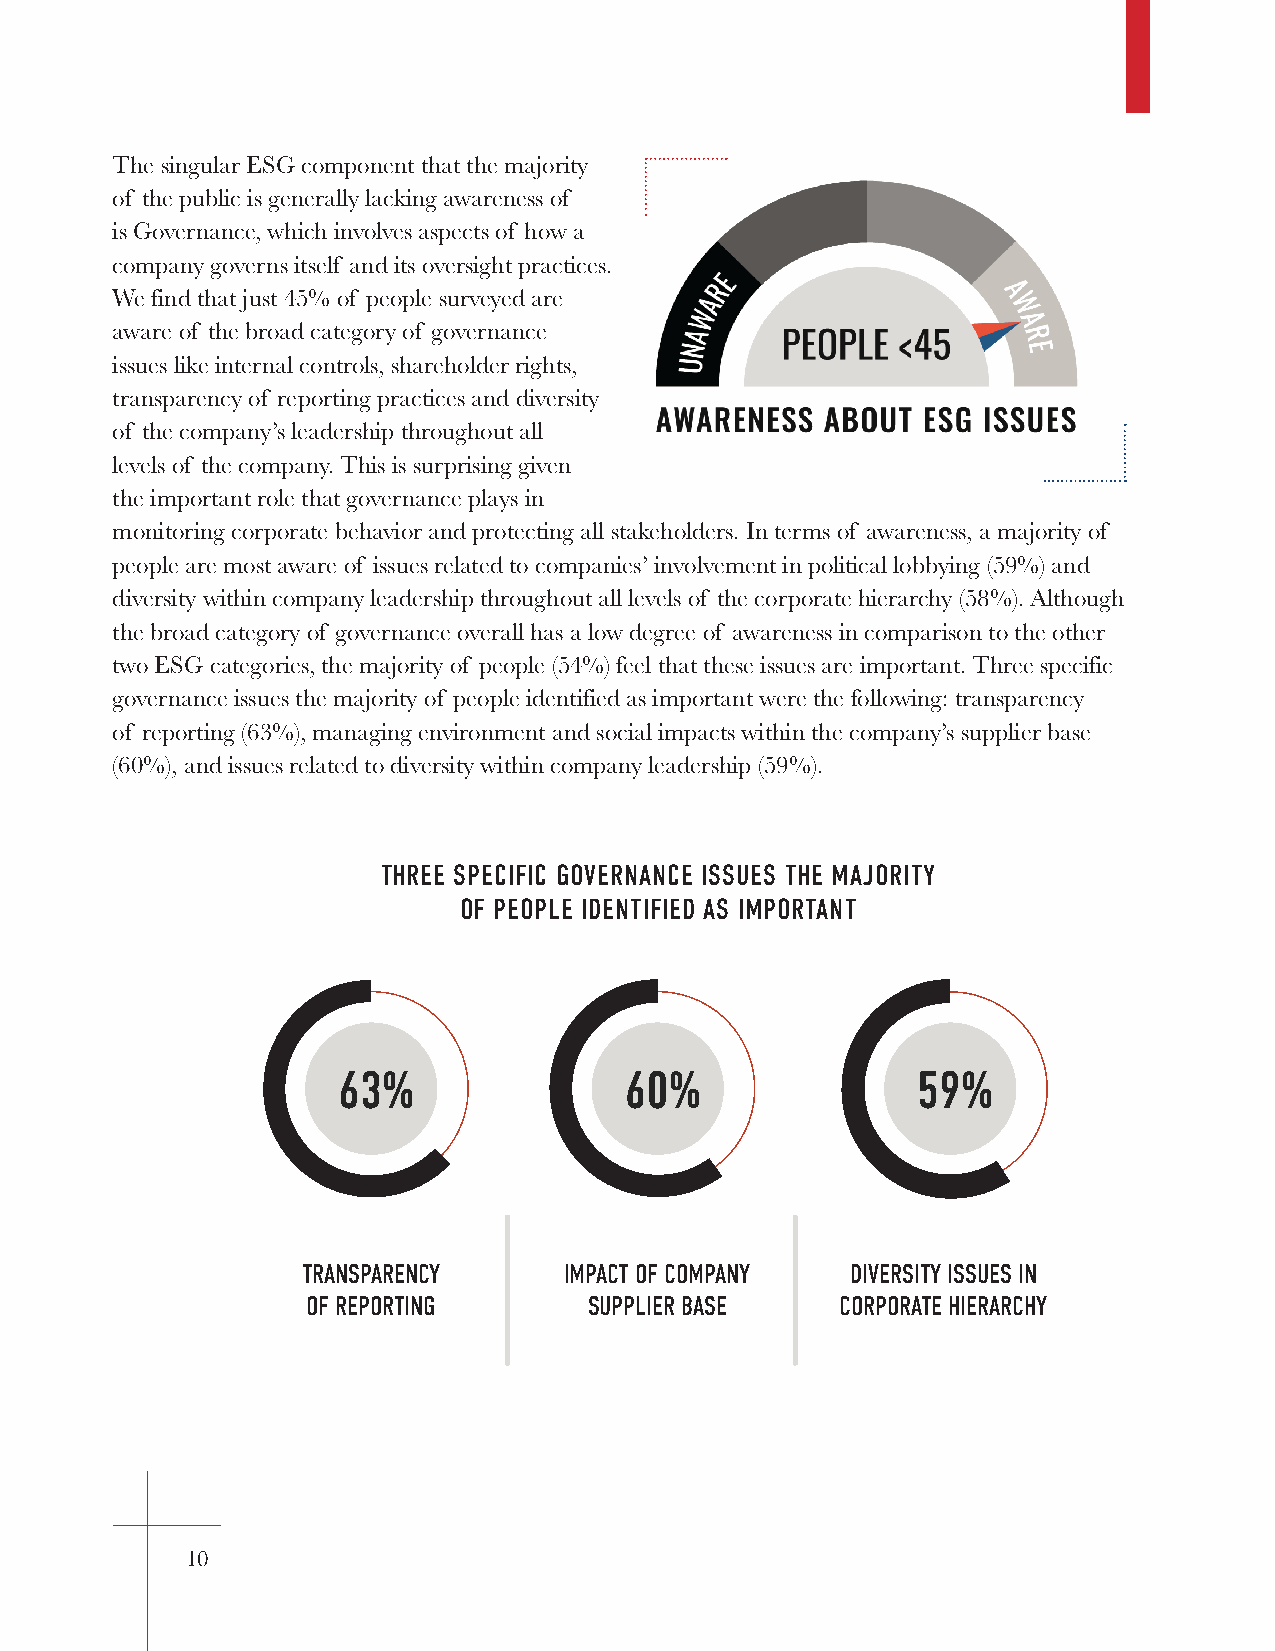
The singular ESG component that the majority
 of the public is generally lacking awareness of
 is Governance, which involves aspects of how a
 company governs itself and its oversight practices.
 We find that just 45% of people surveyed are
 aware of the broad category of governance
 issues like internal controls, shareholder rights,
 transparency of reporting practices and diversity
 of the company’s leadership throughout all
 levels of the company. This is surprising given
 the important role that governance plays in
 monitoring corporate behavior and protecting all stakeholders. In terms of awareness, a majority of
 people are most aware of issues related to companies’ involvement in political lobbying (59%) and
 diversity within company leadership throughout all levels of the corporate hierarchy (58%). Although
 the broad category of governance overall has a low degree of awareness in comparison to the other
 two ESG categories, the majority of people (54%) feel that these issues are important. Three specific
 governance issues the majority of people identified as important were the following: transparency
 of reporting (63%), managing environment and social impacts within the company’s supplier base
 (60%), and issues related to diversity within company leadership (59%).
 THRTEHER ESEP SEPCEICFIIFCIC G GOOVVEERRNNAANNCCEE I SISSUSEUSE TSH ET HMEA JMORAIJTYO RITY
 OF PEOPLE IDENTIFIED AS IMPORTANT
 OF PEOPLE IDENTIFIED AS IMPORTANT
 63%                60%                 59%
 TRANSPARENCY     IMPACT OF COMPANY  DIVERSITY ISSUES IN
 OF REPORTING       SUPPLIER BASE    CORPORATE HIERARCHY
 10